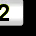
Digit: 2